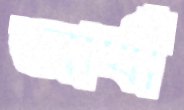
আখীঁ